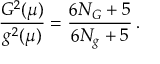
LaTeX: \frac { G ^ { 2 } ( \mu ) } { g ^ { 2 } ( \mu ) } = \frac { 6 N _ { G } + 5 } { 6 N _ { g } + 5 } \, .